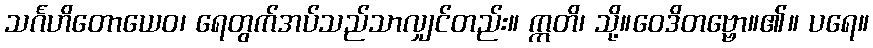
သင်္ဂဟိတောယေဝ၊ ရေတွက်အပ်သည်သာလျှင်တည်း။ ဣတိ၊ သို့။ဝေဒိတဗ္ဗော။၏။ ပရေ။